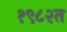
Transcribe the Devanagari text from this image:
१९८२त